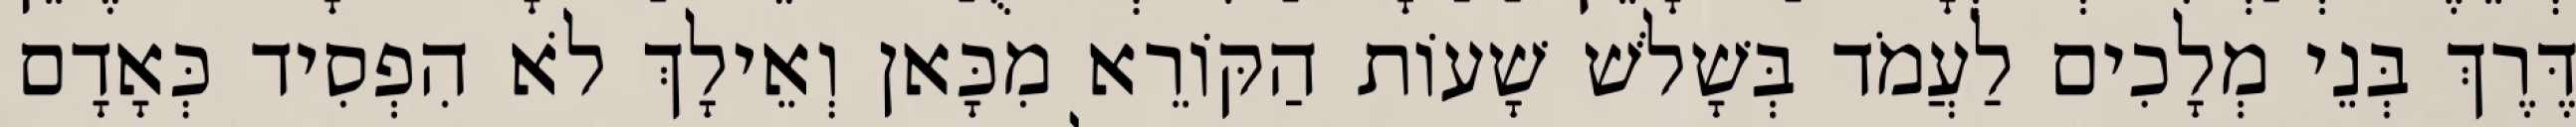
דֶּרֶךְ בְּנֵי מְלָכִים לַעֲמֹד בְּשָׁלֹשׁ שָׁעוֹת הַקּוֹרֵא מִכָּאן וְאֵילָךְ לֹא הִפְסִיד כְּאָדָם